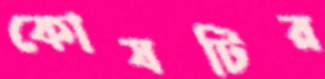
কোষটির